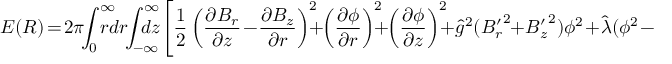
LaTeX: E ( R ) \! = \! 2 \pi \! \! \int _ { 0 } ^ { \infty } \! \! \! \! \! \! r d r \! \! \int _ { - \infty } ^ { \infty } \! \! \! \! \! \! \! d z \! \left[ \frac { 1 } { 2 } \left( \frac { \partial B _ { r } } { \partial z } \! - \! \frac { \partial B _ { z } } { \partial r } \right) ^ { 2 } \! \! \! \! + \! \! \left( \frac { \partial \phi } { \partial r } \right) ^ { 2 } \! \! \! \! + \! \! \left( \frac { \partial \phi } { \partial z } \right) ^ { 2 } \! \! \! \! + \! \hat { g } ^ { 2 } ( { B _ { r } ^ { \prime } } ^ { 2 } \! \! + \! { B _ { z } ^ { \prime } } ^ { 2 } ) \phi ^ { 2 } \! + \! \hat { \lambda } ( \phi ^ { 2 } \! - \! \hat { v } ^ { 2 } ) ^ { 2 } \right] .